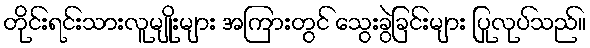
တိုင်းရင်းသားလူမျိုးများ အကြားတွင် သွေးခွဲခြင်းများ ပြုလုပ်သည်။